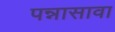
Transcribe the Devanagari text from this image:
पन्नासावा